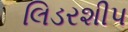
લિડરશીપ